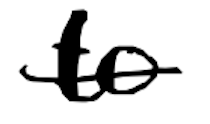
Text: to
Cross-out: single-line
Writing tool: digital_black